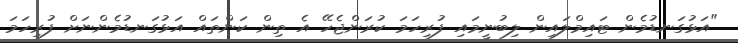
"އަޅުގަނޑުމެން ޓައިމްލައިން ލިބުނީމައި ފުރިހަމަ ކުރަންޖެހޭ އެ ތިން ކަންތައް އަޅުގަނޑުމެންނަށް ފުރިހަމަ